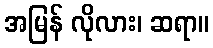
အမြန် လိုလား၊ ဆရာ။